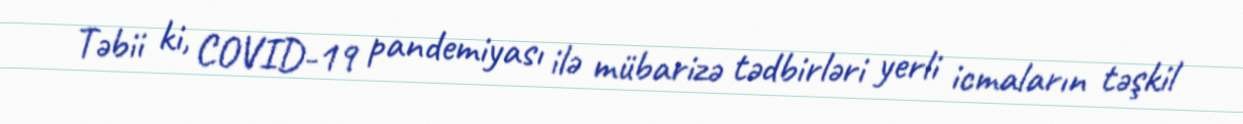
Təbii ki, COVID-19 pandemiyası ilə mübarizə tədbirləri yerli icmaların təşkil